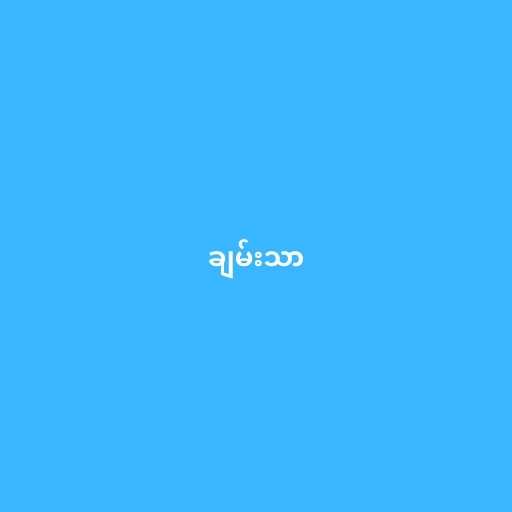
ချမ်းသာ